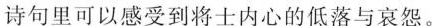
诗句里可以感受到将士内心的低落与哀怨。